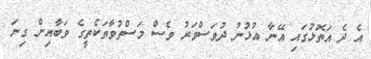
އެ ދެ އަތޮޅުގައި އޭނާ އުޅުނު ދުވަސްވަރު ވެސް މަސްތުވާތަކެތީގެ ވަބާއިން ގިނަ